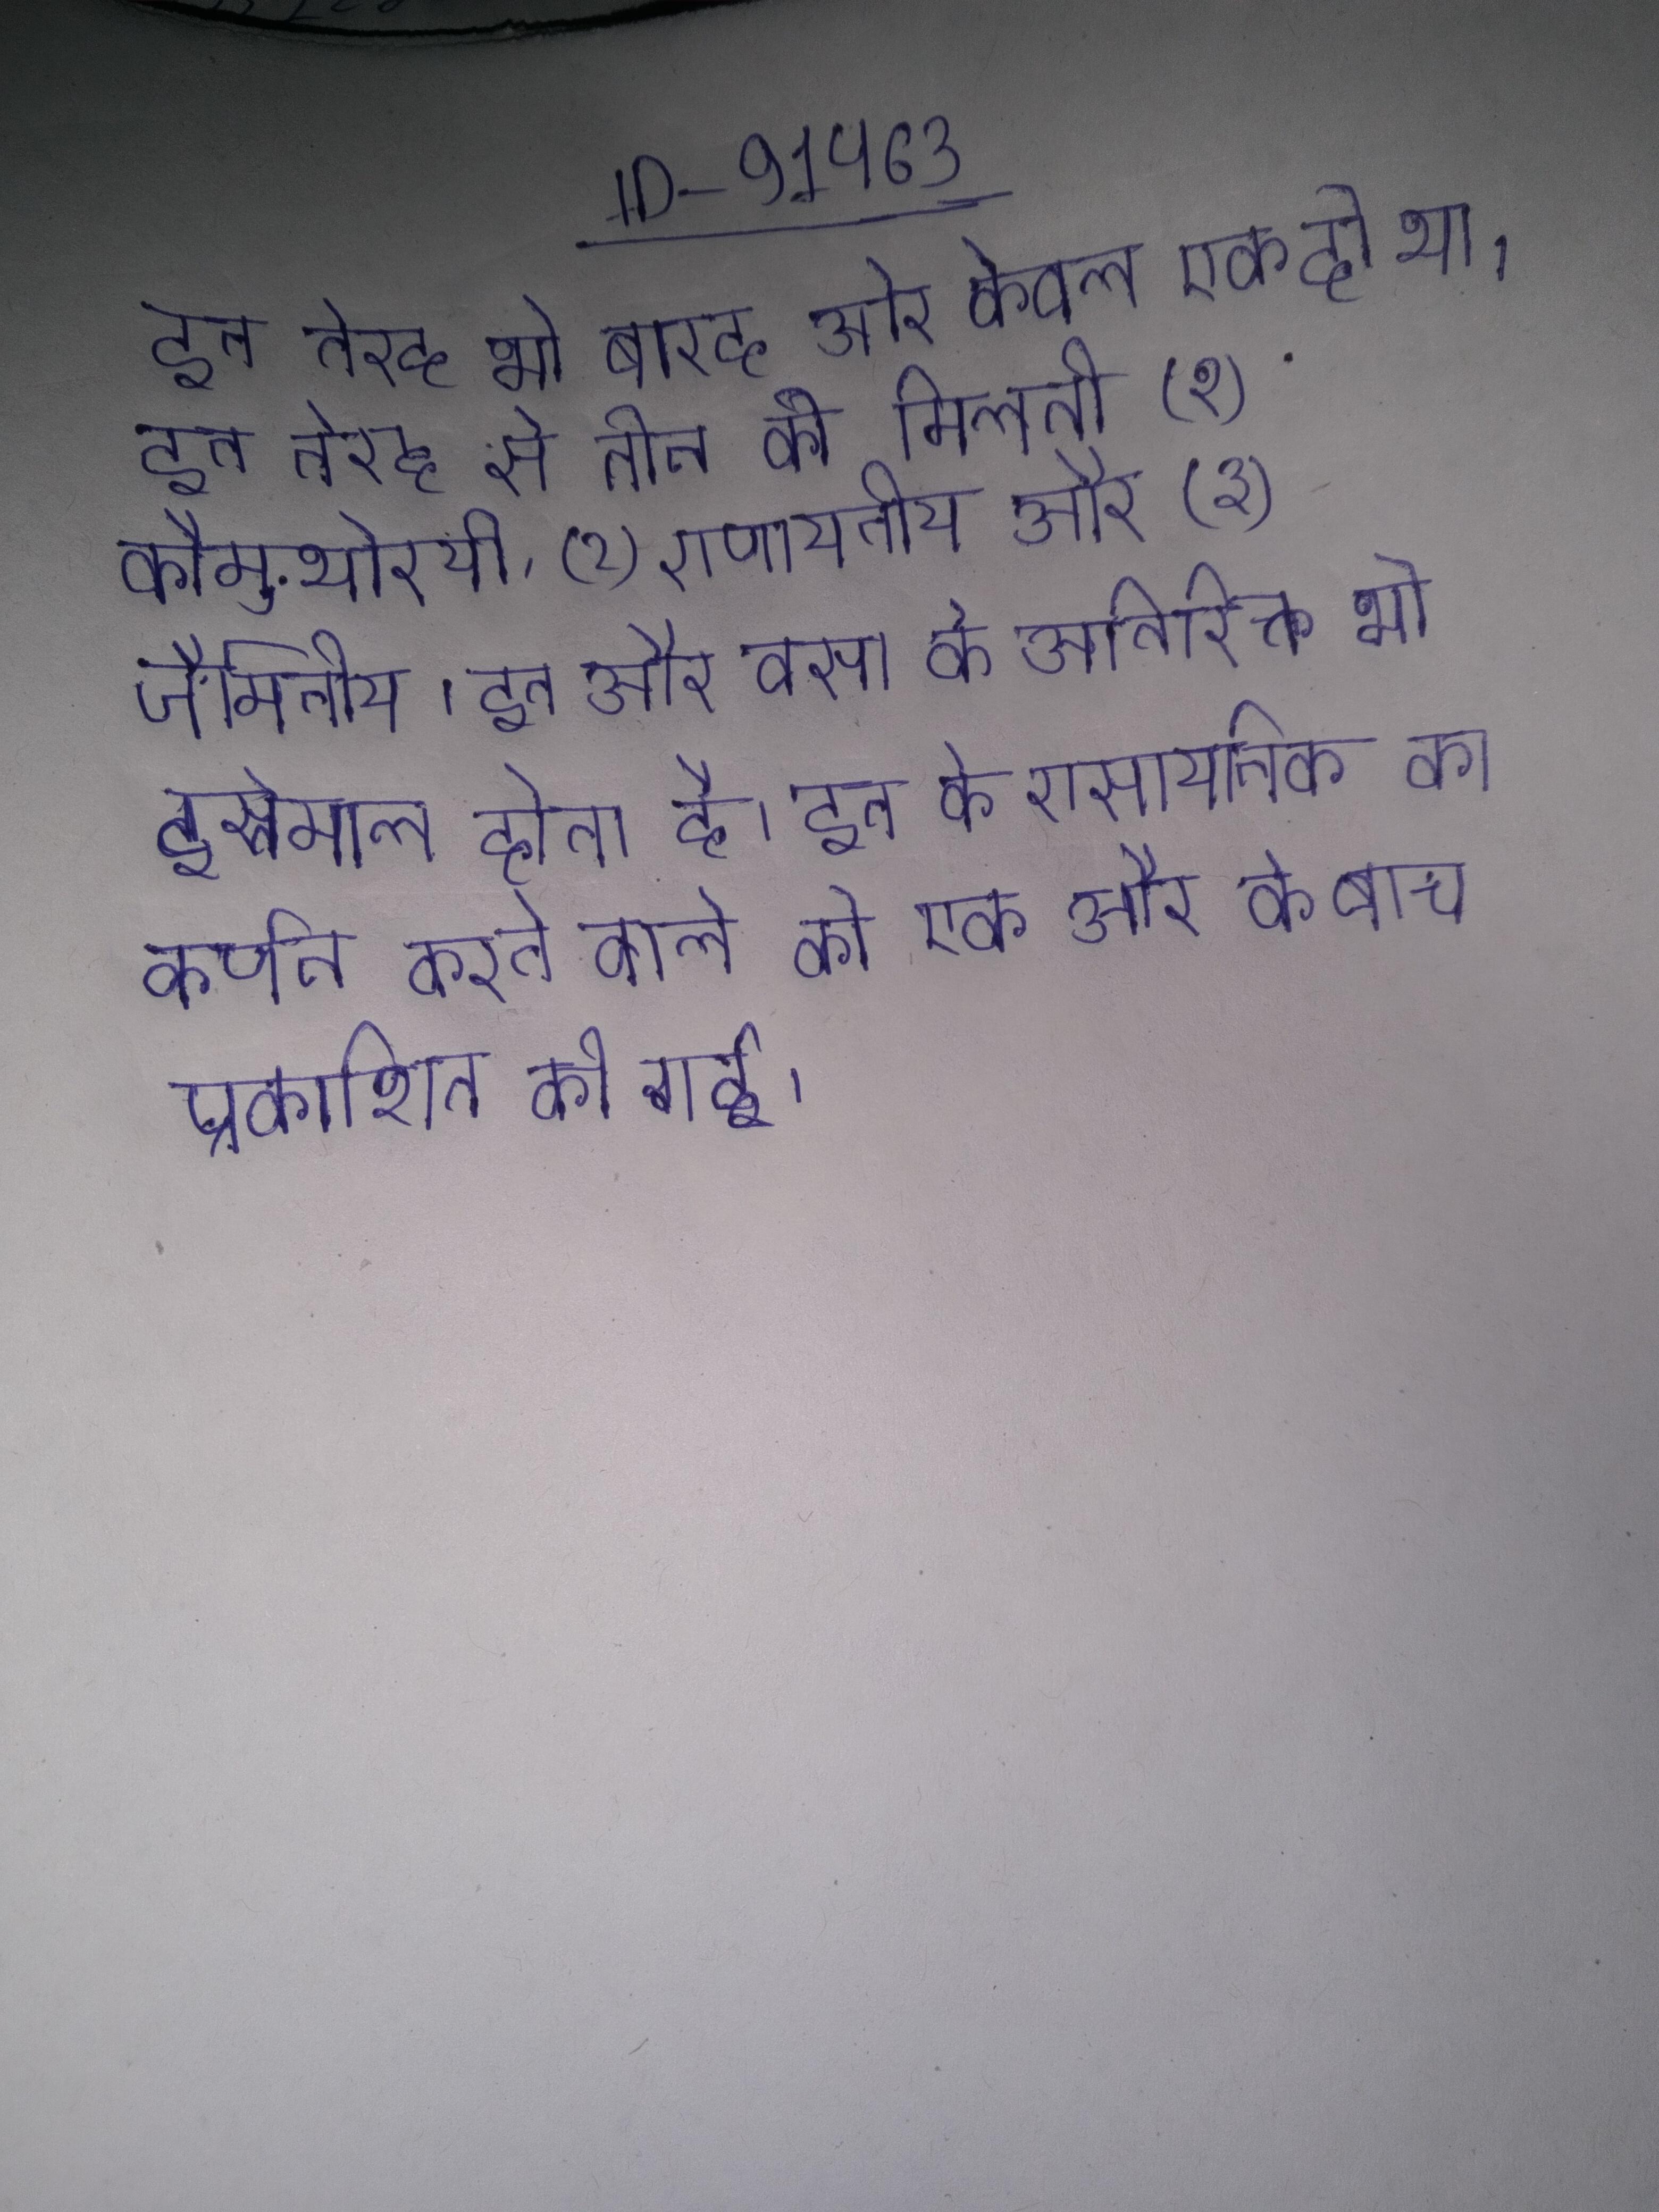
इन तेरह भी बारह और केवल एक ही था । इन तेरह से तीन की मिलती (१) कौमुथीरयी, (२) राणायनीय और (३) जैमिनीय । इन और वसा के अतिरिक्त भी इस्तेमाल होता है । इन के रासायनिक का वर्णन करने वाले की एक और के बीच प्रकाशित की गई ।